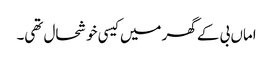
اماں بی کے گھر میں کیسی خوشحال تھی۔